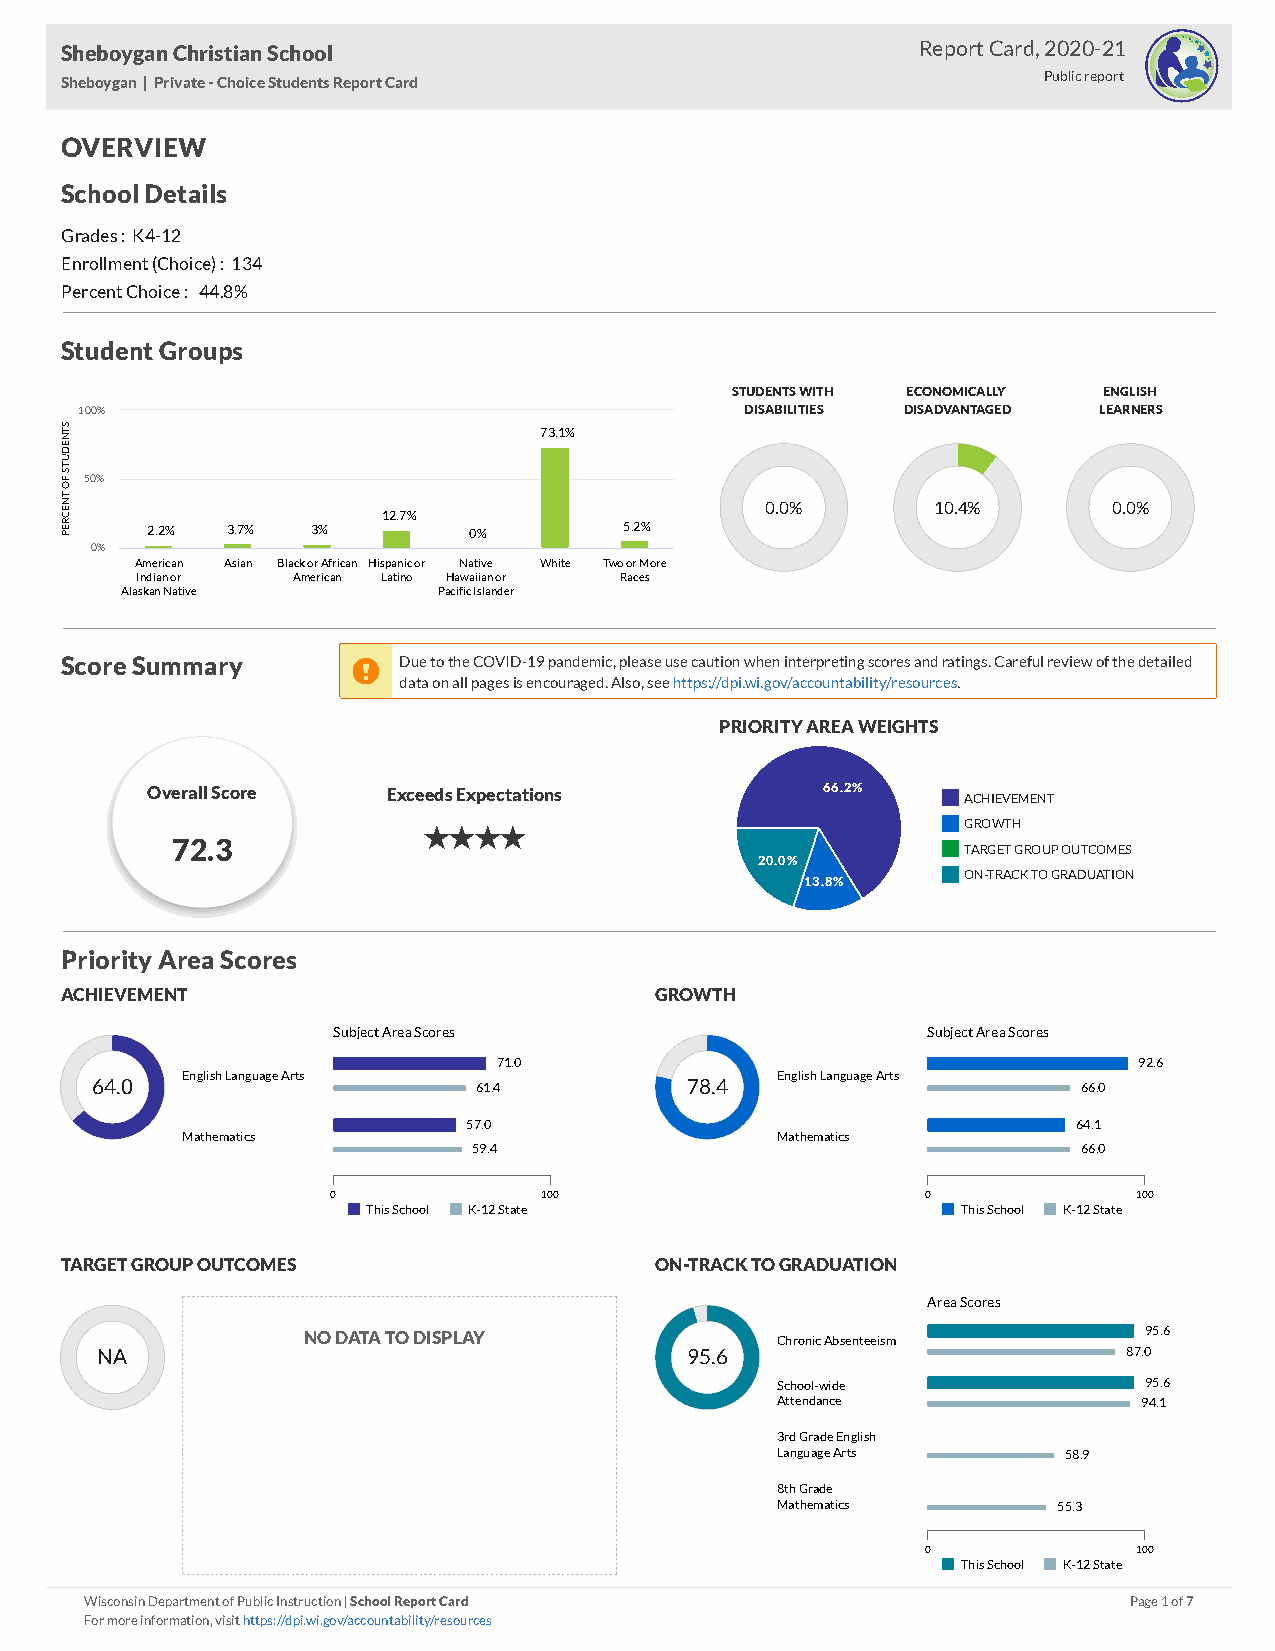
Sheboygan Christian School                               Report Card, 2020-21
 Sheboygan | Private - Choice Students Report Card                Public report
 OVERVIEW
 School Details
 Grades : K4-12
 Enrollment (Choice) : 134
 Percent Choice : 44.8%
 Student Groups
 STUDENTS WITH ECONOMICALLY ENGLISH
 100%                                        DISABILITIES DISADVANTAGED LEARNERS
 NTS                             73.1%
 DE
 U
 OF
 ST
 50%
 CENT
 12.7%
 0.0%       10.4%       0.0%
 PER   2.2% 3.7%  3%        0%        5.2%
 0%
 American Asian Black or African Hispanic or Native White Two or More
 Indian or American Latino Hawaiian or Races
 Alaskan Native       Pacific Islander
 Score Summary        Due to the COVID-19 pandemic, please use caution when interpreting scores and ratings. Careful review of the detailed
 data on all pages is encouraged. Also, see https://dpi.wi.gov/accountability/resources.
 PRIORITY AREA WEIGHTS
 Overall Score   Exceeds Expectations        66.2%     ACHIEVEMENT
 GROWTH
 
 72.3
 TARGET GROUP OUTCOMES
 20.0%
 ON-TRACK TO GRADUATION
 13.8%
 Priority Area Scores
 ACHIEVEMENT                            GROWTH
 Subject Area Scores                    Subject Area Scores
 71.0                                      92.6
 English Language Arts                  English Language Arts
 64.0                     61.4          78.4                       66.0
 57.0                                    64.1
 Mathematics                            Mathematics
 59.4                                     66.0
 0             100                      0             100
 This School K-12 State                  This School K-12 State
 TARGET GROUP OUTCOMES                  ON-TRACK TO GRADUATION
 Area Scores
 NO DATA TO DISPLAY             Chronic Absenteeism      95.6
 NA                                     95.6                          87.0
 School-wide              95.6
 Attendance               94.1
 3rd Grade English
 Language Arts      58.9
 8th Grade
 Mathematics        55.3
 0             100
 This School K-12 State
 Wisconsin Department of Public Instruction | School Report Card      Page 1 of 7
 For more information, visit https://dpi.wi.gov/accountability/resources